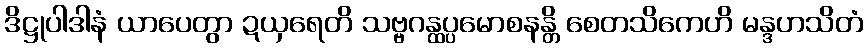
ဒိဋ္ဌုပါဒါနံ ယာပေတွာ ဍယှရေတိ သဗ္ဗဂန္ထပ္ပမောစနန္တိ စေတသိကေဟိ မန္ဒဟသိတံ